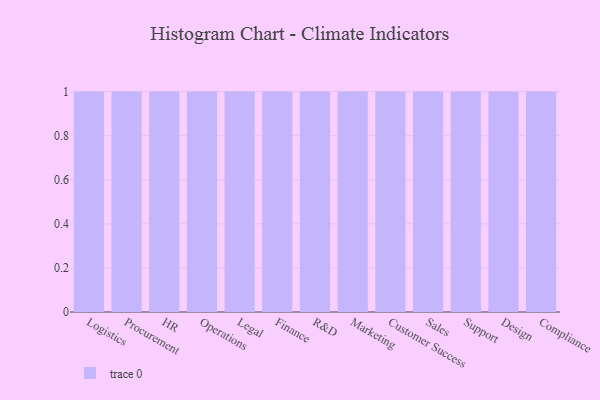
{"axis": {"x": "Department", "y": "Website Visitors"}, "legend": [""], "data": [{"x": "Logistics", "y": 1, "type": ""}, {"x": "Procurement", "y": 34, "type": ""}, {"x": "HR", "y": 22, "type": ""}, {"x": "Operations", "y": 19, "type": ""}, {"x": "Legal", "y": 1, "type": ""}, {"x": "Finance", "y": 17, "type": ""}, {"x": "R&D", "y": 95, "type": ""}, {"x": "Marketing", "y": 22, "type": ""}, {"x": "Customer Success", "y": 38, "type": ""}, {"x": "Sales", "y": 89, "type": ""}, {"x": "Support", "y": 23, "type": ""}, {"x": "Design", "y": 82, "type": ""}, {"x": "Compliance", "y": 14, "type": ""}]}